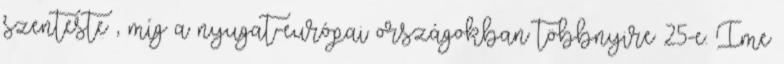
szenteste , míg a nyugat-európai országokban többnyire 25-e. Íme